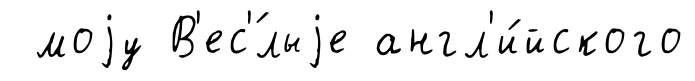
моjу В'ес'́лыjе англ'и́йского